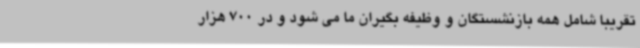
تقریبا شامل همه بازنشستگان و وظیفه بگیران ما می شود و در 700 هزار